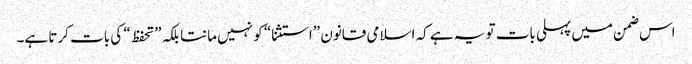
اس ضمن میں پہلی بات تو یہ ہے کہ اسلامی قانون ”استثنا“ کو نہیں مانتا بلکہ ”تحفظ“ کی بات کرتا ہے۔